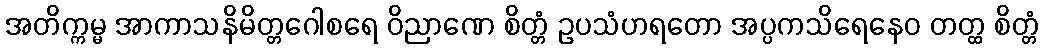
အတိက္ကမ္မ အာကာသနိမိတ္တဂေါစရေ ဝိညာဏေ စိတ္တံ ဥပသံဟရတော အပ္ပကသိရေနေဝ တတ္ထ စိတ္တံ